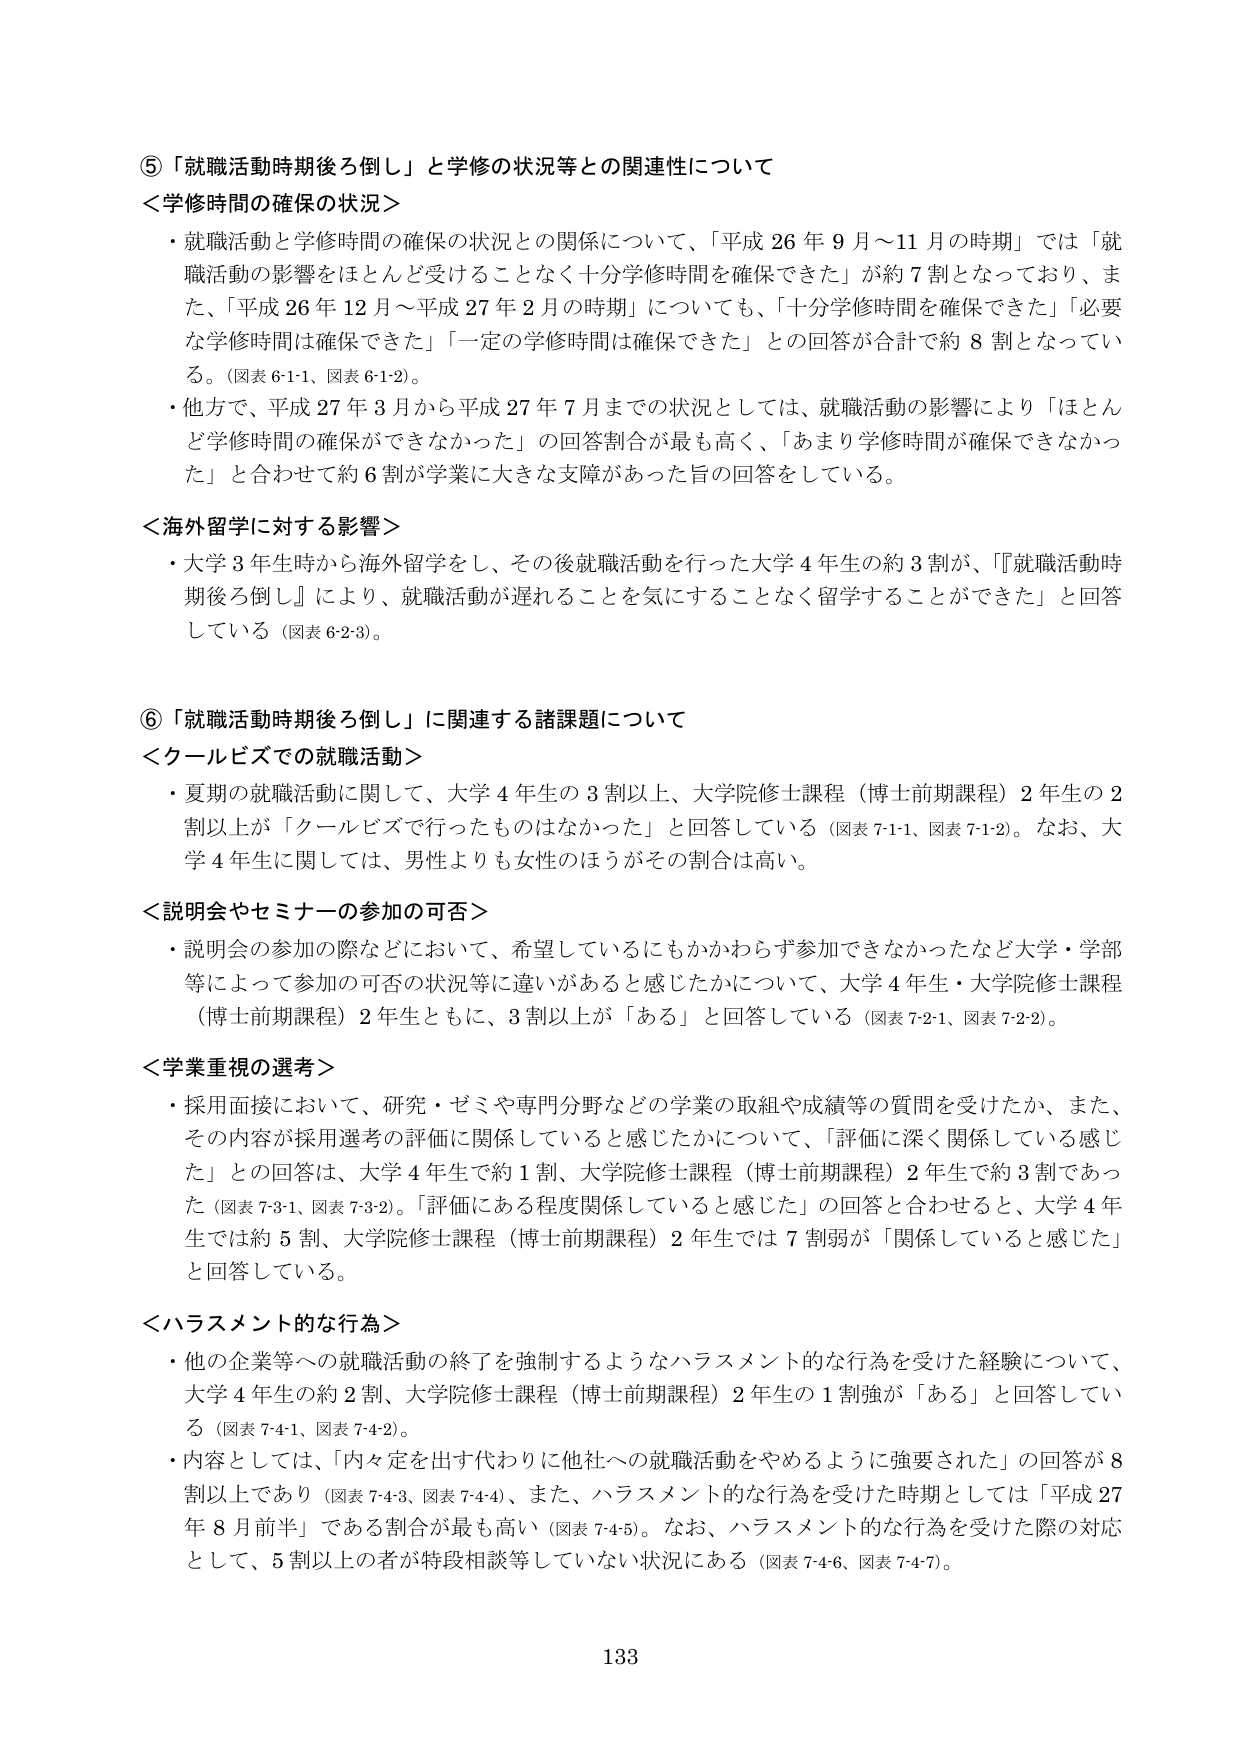
⑤「就職活動時期後ろ倒し」と学修の状況等との関連性について
＜学修時間の確保の状況＞
・就職活動と学修時間の確保の状況との関係について、「平成26年9月～11月の時期」では「就職活動の影響をほとんど受けることなく十分学修時間を確保できた」が約7割となっており、また、「平成26年12月～平成27年2月の時期」についても、「十分学修時間を確保できた」「必要な学修時間は確保できた」「一定の学修時間は確保できた」との回答が合計で約8割となっている。（図表6-1-1、図表6-1-2）。
・他方で、平成27年3月から平成27年7月までの状況としては、就職活動の影響により「ほとんど学修時間の確保ができなかった」の回答割合が最も高く、「あまり学修時間が確保できなかった」と合わせて約6割が学業に大きな支障があった旨の回答をしている。

＜海外留学に対する影響＞
・大学3年生時から海外留学をし、その後就職活動を行った大学4年生の約3割が、「『就職活動時期後ろ倒し』により、就職活動が遅れることを気にすることなく留学することができた」と回答している（図表6-2-3）。

⑥「就職活動時期後ろ倒し」に関連する諸課題について
＜クールビズでの就職活動＞
・夏期の就職活動に関して、大学4年生の3割以上、大学院修士課程（博士前期課程）2年生の2割以上が「クールビズで行ったものはなかった」と回答している（図表7-1-1、図表7-1-2）。なお、大学4年生に関しては、男性よりも女性のほうがその割合は高い。

＜説明会やセミナーの参加の可否＞
・説明会の参加の際などにおいて、希望しているにもかかわらず参加できなかったなど大学・学部等によって参加の可否の状況等に違いがあると感じたかについて、大学4年生・大学院修士課程（博士前期課程）2年生ともに、3割以上が「ある」と回答している（図表7-2-1、図表7-2-2）。

＜学業重視の選考＞
・採用面接において、研究・ゼミや専門分野などの学業の取組や成績等の質問を受けたか、また、その内容が採用選考の評価に関係していると感じたかについて、「評価に深く関係している感じた」との回答は、大学4年生で約1割、大学院修士課程（博士前期課程）2年生で約3割であった（図表7-3-1、図表7-3-2）。「評価にある程度関係していると感じた」の回答と合わせると、大学4年生では約5割、大学院修士課程（博士前期課程）2年生では7割弱が「関係していると感じた」と回答している。

＜ハラスメント的な行為＞
・他の企業等への就職活動の終了を強制するようなハラスメント的な行為を受けた経験について、大学4年生の約2割、大学院修士課程（博士前期課程）2年生の1割強が「ある」と回答している（図表7-4-1、図表7-4-2）。
・内容としては、「内々定を出す代わりに他社への就職活動をやめるように強要された」の回答が8割以上であり（図表7-4-3、図表7-4-4）、また、ハラスメント的な行為を受けた時期としては「平成27年8月前半」である割合が最も高い（図表7-4-5）。なお、ハラスメント的な行為を受けた際の対応として、5割以上の者が特段相談等していない状況にある（図表7-4-6、図表7-4-7）。

133